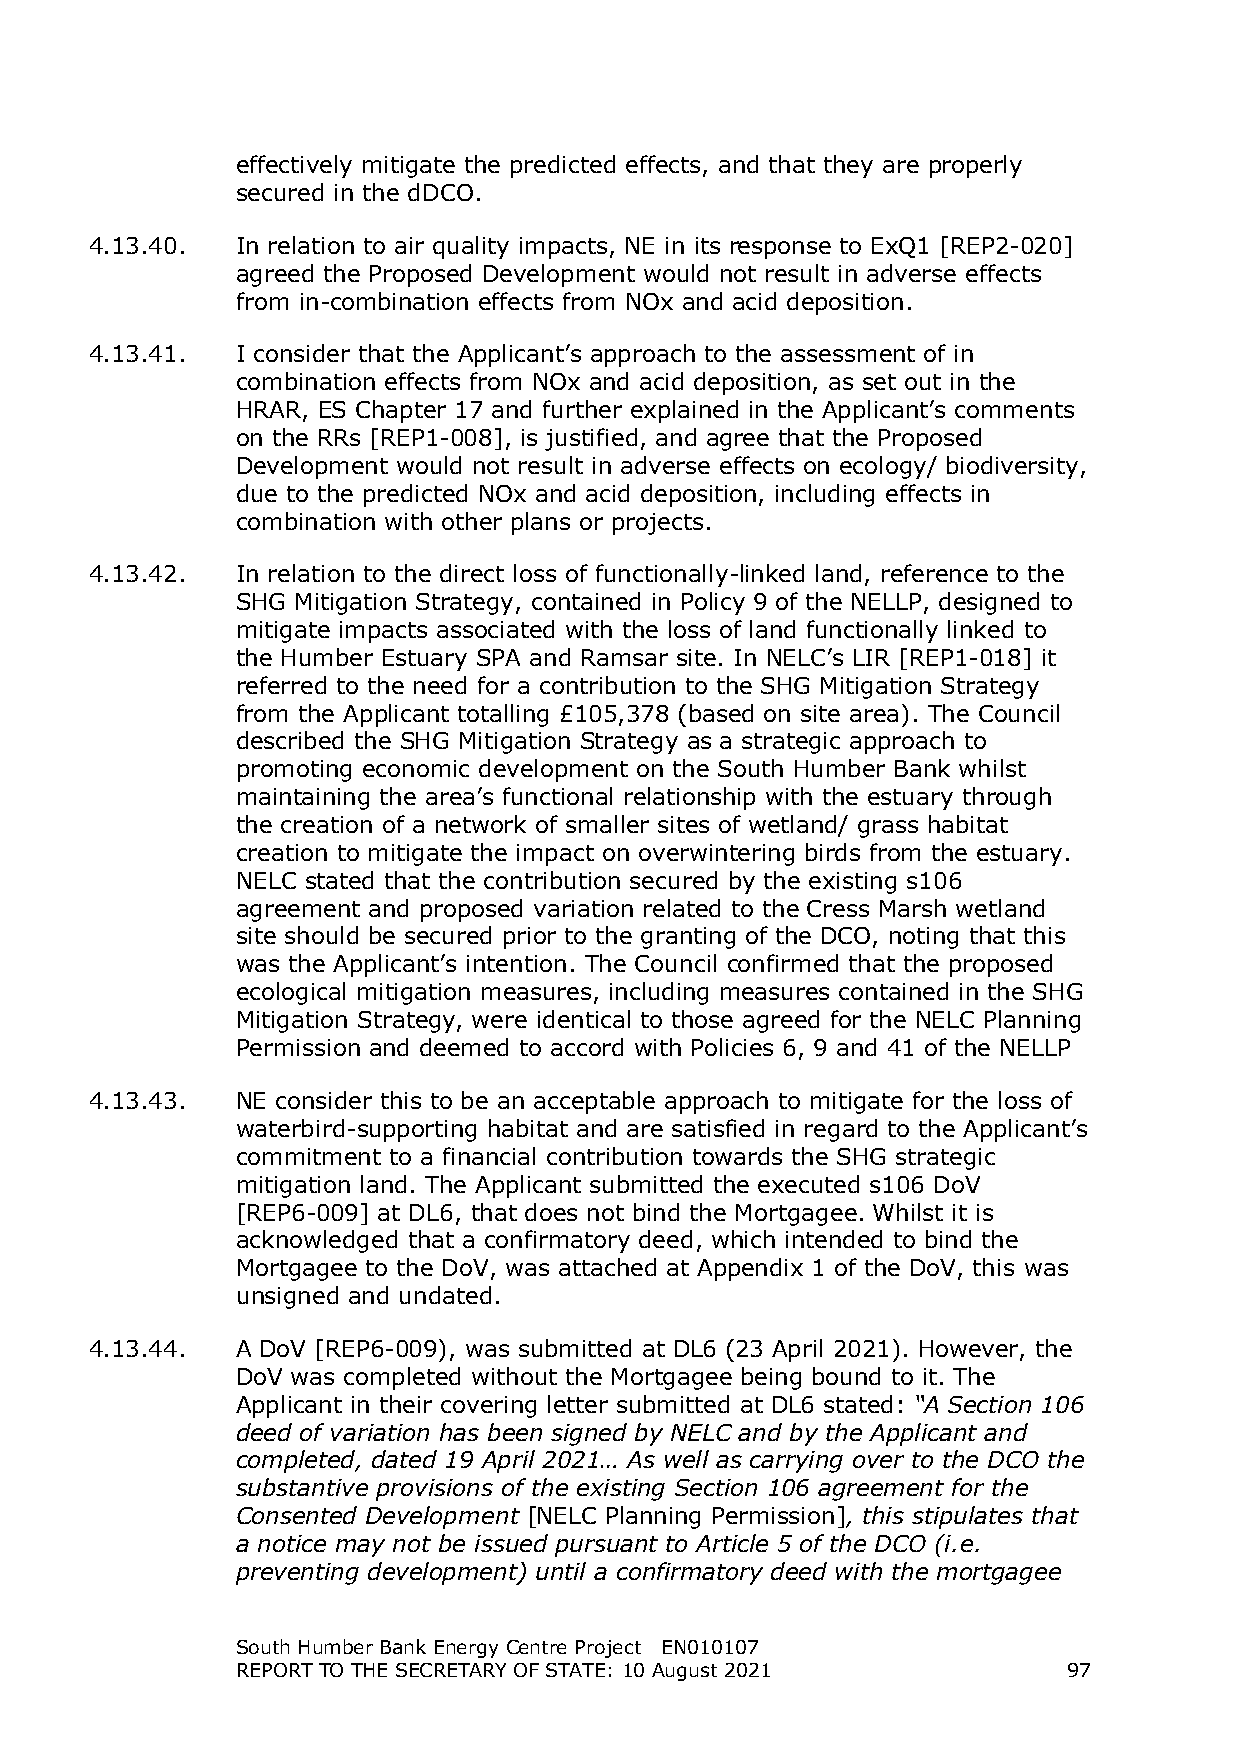
effectively mitigate the predicted effects, and that they are properly
 secured in the dDCO.
 4.13.40.  In relation to air quality impacts, NE in its response to ExQ1 [REP2-020]
 agreed the Proposed Development would not result in adverse effects
 from in-combination effects from NOx and acid deposition.
 4.13.41.  I consider that the Applicant’s approach to the assessment of in
 combination effects from NOx and acid deposition, as set out in the
 HRAR, ES Chapter 17 and further explained in the Applicant’s comments
 on the RRs [REP1-008], is justified, and agree that the Proposed
 Development would not result in adverse effects on ecology/ biodiversity,
 due to the predicted NOx and acid deposition, including effects in
 combination with other plans or projects.
 4.13.42.  In relation to the direct loss of functionally-linked land, reference to the
 SHG Mitigation Strategy, contained in Policy 9 of the NELLP, designed to
 mitigate impacts associated with the loss of land functionally linked to
 the Humber Estuary SPA and Ramsar site. In NELC’s LIR [REP1-018] it
 referred to the need for a contribution to the SHG Mitigation Strategy
 from the Applicant totalling £105,378 (based on site area). The Council
 described the SHG Mitigation Strategy as a strategic approach to
 promoting economic development on the South Humber Bank whilst
 maintaining the area’s functional relationship with the estuary through
 the creation of a network of smaller sites of wetland/ grass habitat
 creation to mitigate the impact on overwintering birds from the estuary.
 NELC stated that the contribution secured by the existing s106
 agreement and proposed variation related to the Cress Marsh wetland
 site should be secured prior to the granting of the DCO, noting that this
 was the Applicant’s intention. The Council confirmed that the proposed
 ecological mitigation measures, including measures contained in the SHG
 Mitigation Strategy, were identical to those agreed for the NELC Planning
 Permission and deemed to accord with Policies 6, 9 and 41 of the NELLP
 4.13.43.  NE consider this to be an acceptable approach to mitigate for the loss of
 waterbird-supporting habitat and are satisfied in regard to the Applicant’s
 commitment to a financial contribution towards the SHG strategic
 mitigation land. The Applicant submitted the executed s106 DoV
 [REP6-009] at DL6, that does not bind the Mortgagee. Whilst it is
 acknowledged that a confirmatory deed, which intended to bind the
 Mortgagee to the DoV, was attached at Appendix 1 of the DoV, this was
 unsigned and undated.
 4.13.44.  A DoV [REP6-009), was submitted at DL6 (23 April 2021). However, the
 DoV was completed without the Mortgagee being bound to it. The
 Applicant in their covering letter submitted at DL6 stated: “A Section 106
 deed of variation has been signed by NELC and by the Applicant and
 completed, dated 19 April 2021… As well as carrying over to the DCO the
 substantive provisions of the existing Section 106 agreement for the
 Consented Development [NELC Planning Permission], this stipulates that
 a notice may not be issued pursuant to Article 5 of the DCO (i.e.
 preventing development) until a confirmatory deed with the mortgagee
 South Humber Bank Energy Centre Project EN010107
 REPORT TO THE SECRETARY OF STATE: 10 August 2021       97